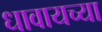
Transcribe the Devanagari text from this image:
धावायच्या